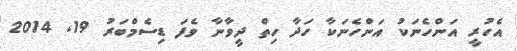
އެހުރީ އަންހެނަކު އަންހެނަކާ ހަދާ ހިތް ދީވާނާ ވެފަ ޑިސެމްބަރު 19